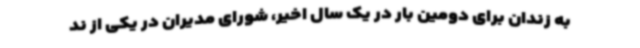
به زندان برای دومین بار در یک سال اخیر، شورای مدیران در یکی از ند